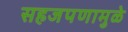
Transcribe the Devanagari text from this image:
सहजपणामुळे